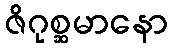
ဇိဂုစ္ဆမာနော